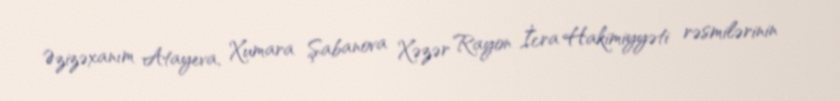
Əzizəxanım Atayeva, Xumara Şabanova Xəzər Rayon İcra Hakimiyyəti rəsmilərinin